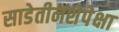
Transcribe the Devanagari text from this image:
साडेतीनशेपेक्षा